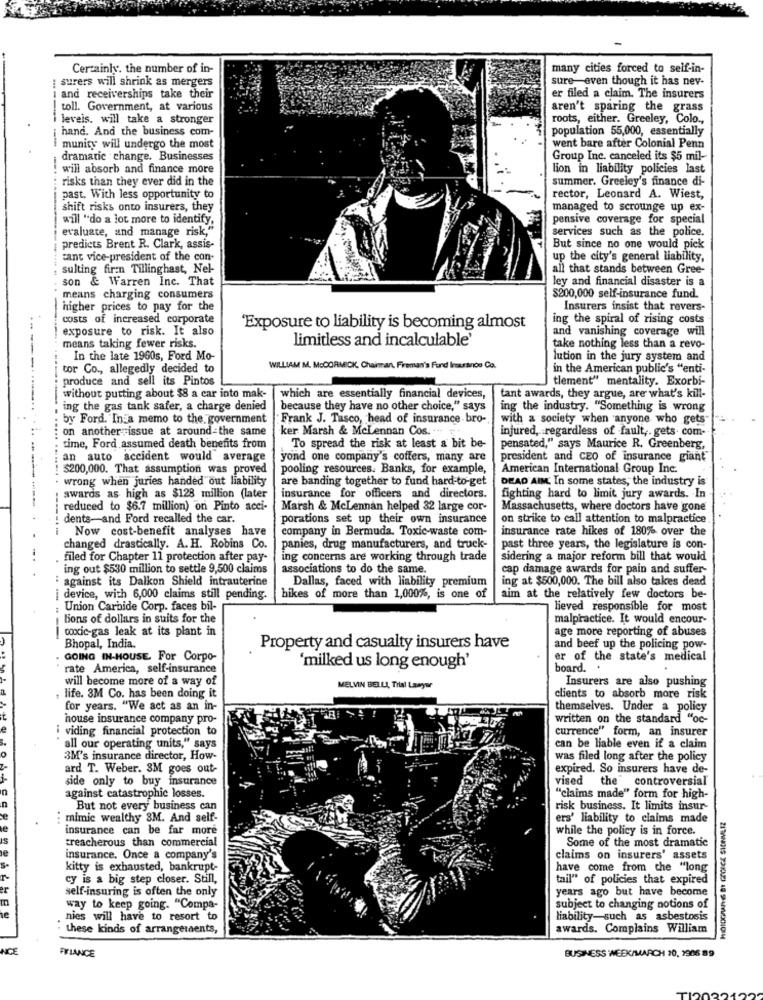
Certainly. the number of in-
many cities forced to self-in-
sure-even though it has nev-
surers will shrink as mergers
and receiverships take their
er filed a claim. The insurers
toll. Government, at various
aren't sparing the grass
leveis. will take a stronger
roots, either. Greeley, Colo .,
hand. And the business com-
population 55,000, essentially
munity will undergo the most
went bare after Colonial Penn
dramatic change. Businesses
Group Inc. canceled its $5 mil-
will absorb and finance more
lion in liability policies last
risks than they ever did in the
summer. Greeley's finance di-
past. With less opportunity to
rector, Leonard A. Wiest,
shift risks onto insurers, they
managed to scrounge up ex-
will "do a lot more to identify,
pensive coverage for special
evaluate, and manage risk,"
services such as the police.
predicts Brent R. Clark, assis-
--- - ---------
But since no one would pick
cant vice-president of the con-
up the city's general liability,
sulting firmn Tillinghast, Nel-
all that stands between Gree-
son & Warren Inc. That
ley and financial disaster is a
means charging consumers
$200,000 self-insurance fund.
higher prices to pay for the
Insurers insist that revers-
costs of increased corporate
ing the spiral of rising costs
exposure to risk. It also
'Exposure to liability is becoming almost
and vanishing coverage will
limitless and incalculable
means taking fewer risks.
take nothing less than a revo-
In the late 1960s, Ford Mo-
lution in the jury system and
tor Co ., allegedly decided to
WILLIAM M. McCORMICK, Chairan, Fireman's Fund Insurance Co.
in the American public's "enti-
produce and sell its Pintos
tlement" mentality. Exorbi-
without putting about $8 a car into mak-
which are essentially financial devices,
tant awards, they argue, are what's kill-
ing the gas tank safer, a charge denied
because they have no other choice," says
ing the industry. "Something is wrong
by Ford. In a memo to the government
Frank J. Tasco, head of insurance bro-
with a society when anyone who gets
on another issue at around the same
ker Marsh & McLennan Cos. ..
injured, regardless of fault ,. gets. com-
....... . ..... ....
time, Ford assumed death benefits from
To spread the risk at least a bit be-
pensated," says Maurice R. Greenberg,
an auto accident would average
yond one company's coffers, many are
president and CEO of insurance giant
$200,000. That assumption was proved
pooling resources. Banks, for example,
American International Group Inc.
wrong when juries handed out liability
are banding together to fund hard-to-get
DEAD AIM. In some states, the industry is
awards as high as $128 million (later
insurance for officers and directors.
fighting hard to limit jury awards. In
reduced to $6.7 million) on Pinto acci-
Marsh & McLennan helped 32 large cor-
Massachusetts, where doctors have gone
dents-and Ford recalled the car.
porations set up their own insurance
on strike to call attention to malpractice
Now cost-benefit analyses have
company in Bermuda. Toxic-waste com-
insurance rate hikes of 180% over the
changed drastically. A. H. Robins Co.
| panies, drug manufacturers, and truck-
past three years, the legislature is con-
filed for Chapter 11 protection after pay-
ing concerns are working through trade
sidering a major reform bill that would
ing out $530 million to settle 9,500 claims
associations to do the same.
cap damage awards for pain and suffer-
: against its Dalkon Shield intrauterine
ing at $500,000. The bill also takes dead
Dallas, faced with liability premium
device, with 6,000 claims still pending.
hikes of more than 1,000%, is one of
aim at the relatively few doctors be-
: Union Carbide Corp. faces bil-
lieved responsible for most
tions of dollars in suits for the
malpractice. It would encour-
coxic-gas leak at its plant in
age more reporting of abuses
---
Bhopal, India.
Property and casualty insurers have
and beef up the policing pow-
GOING IN-HOUSE For Corpo-
er of the state's medical
rate America, self-insurance
'milked us long enough'
board. .
will become more of a way of
MELVIN BELLA, Trial Lawyer
Insurers are also pushing
, life. 3M Co. has been doing it
clients to absorb more risk
for years. "We act as an in-
themselves. Under a policy
house insurance company pro-
written on the standard "oc-
i viding financial protection to
currence" form, an insurer
all our operating units," says
can be liable even if a claim
3M's insurance director, How-
was filed long after the policy
ard T. Weber. SM goes out-
expired. So insurers have de-
side only to buy insurance
vised the controversial
against catastrophic losses.
"claims made" form for high-
But not every business can
risk business. It limits insur-
mimic wealthy 3M. And self-
ers' liability to claims made
insurance can be far more
while the policy is in force.
treacherous than commercial
Some of the most dramatic
insurance. Once a company's
claims on insurers' assets
kitty is exhausted, bankrupt-
have come from che "long
cy is a big step closer. Still,
tail" of policies that expired
self-insuring is often the only
years ago but have become
way to keep going. "Compa-
subject to changing notions of
nies will have to resort to
liability-such as asbestosis
these kinds of arrangements,
awards. Complains William
NICE
FRIANCE
BUSINESS WEEK/MARCH 20, 1906 89